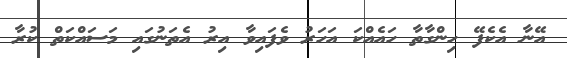
އޭނާ އެކެފޭ ހިންގާތާ ހައެއްކަ އަހަރު ވެފައިވާ އިރު އެތަނުގައި މަސައްކަތް ކުރާ